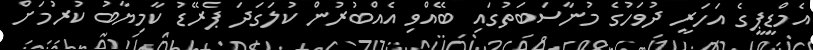
އެމްޑީޕީގެ އަހަރީ ދުވަހުގެ މުނާސަބަތުގައި ބޭއްވި އެއްބުރުން ކުލަގަދަ ޕެރޭޑު ކާމިޔާބު ކުރުމަށް